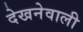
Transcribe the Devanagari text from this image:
देखनेवाली